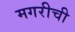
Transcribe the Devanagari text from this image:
मगरीची